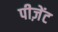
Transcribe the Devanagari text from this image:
पीज़ेंट